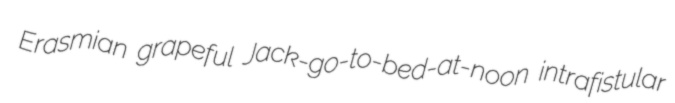
Erasmian grapeful Jack-go-to-bed-at-noon intrafistular